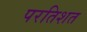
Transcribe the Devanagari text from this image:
परतिशत